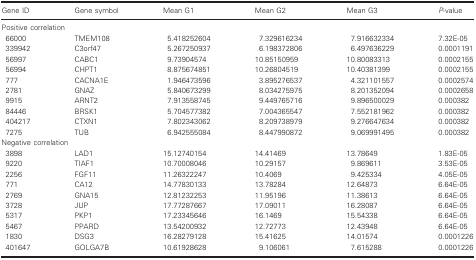
<table><thead><tr><td><b>Gene ID</b></td><td><b>Gene symbol</b></td><td><b>Mean G1</b></td><td><b>Mean G2</b></td><td><b>Mean G3</b></td><td><b><i>P</i>‐value</b></td></tr></thead><tbody><tr><td colspan="6">Positive correlation</td></tr><tr><td>66000</td><td>TMEM108</td><td>5.418252604</td><td>7.329616234</td><td>7.916632334</td><td>7.32E‐05</td></tr><tr><td>339942</td><td>C3orf47</td><td>5.267250937</td><td>6.198372806</td><td>6.497636229</td><td>0.0001191</td></tr><tr><td>56997</td><td>CABC1</td><td>9.73904574</td><td>10.85150959</td><td>10.80083313</td><td>0.0002155</td></tr><tr><td>56994</td><td>CHPT1</td><td>8.875674851</td><td>10.26804519</td><td>10.40381399</td><td>0.0002155</td></tr><tr><td>777</td><td>CACNA1E</td><td>1.946473596</td><td>3.895276537</td><td>4.321101557</td><td>0.0002574</td></tr><tr><td>2781</td><td>GNAZ</td><td>5.840673299</td><td>8.034275975</td><td>8.201352094</td><td>0.0002658</td></tr><tr><td>9915</td><td>ARNT2</td><td>7.913558745</td><td>9.449765716</td><td>9.896500029</td><td>0.000382</td></tr><tr><td>84446</td><td>BRSK1</td><td>5.704577382</td><td>7.004365547</td><td>7.552181962</td><td>0.000382</td></tr><tr><td>404217</td><td>CTXN1</td><td>7.802343062</td><td>8.209738979</td><td>9.276647634</td><td>0.000382</td></tr><tr><td>7275</td><td>TUB</td><td>6.942555084</td><td>8.447990872</td><td>9.069991495</td><td>0.000382</td></tr><tr><td colspan="6">Negative correlation</td></tr><tr><td>3898</td><td>LAD1</td><td>15.12740154</td><td>14.41469</td><td>13.78649</td><td>1.83E‐05</td></tr><tr><td>9220</td><td>TIAF1</td><td>10.70008046</td><td>10.29157</td><td>9.869611</td><td>3.53E‐05</td></tr><tr><td>2256</td><td>FGF11</td><td>11.26322247</td><td>10.4069</td><td>9.425334</td><td>4.05E‐05</td></tr><tr><td>771</td><td>CA12</td><td>14.77830133</td><td>13.78284</td><td>12.64873</td><td>6.64E‐05</td></tr><tr><td>2769</td><td>GNA15</td><td>12.81232253</td><td>11.95196</td><td>11.38613</td><td>6.64E‐05</td></tr><tr><td>3728</td><td>JUP</td><td>17.77287667</td><td>17.09011</td><td>16.28087</td><td>6.64E‐05</td></tr><tr><td>5317</td><td>PKP1</td><td>17.23345646</td><td>16.1469</td><td>15.54338</td><td>6.64E‐05</td></tr><tr><td>5467</td><td>PPARD</td><td>13.54200932</td><td>12.72773</td><td>12.43948</td><td>6.64E‐05</td></tr><tr><td>1830</td><td>DSG3</td><td>16.28279128</td><td>15.41625</td><td>14.01574</td><td>0.0001226</td></tr><tr><td>401647</td><td>GOLGA7B</td><td>10.61928628</td><td>9.106061</td><td>7.615288</td><td>0.0001226</td></tr></tbody></table>